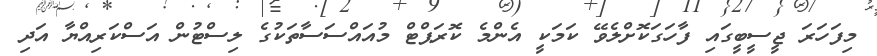
މިފަހަރަ ޖީސީބީގައި ފާހަގަކޮށްލެވޭ ކަމަކީ އެންމެ ކޮރަޕްޓް މުއައްސަސާތަކުގެ ލިސްޓުން އަސްކަރިއްޔާ އަދި